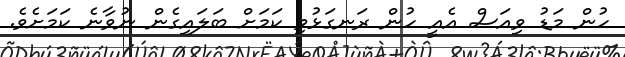
ހުން މަޑު ވިއަސް އެއީ ހުން ރަނގަޅުވި ކަމަށް ބަލައިގެން ނުވާނެ ކަމަށެވެ.